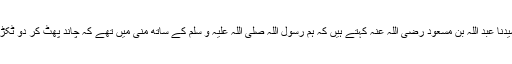
1538: سیدنا عبد اللہ بن مسعود رضی اللہ عنہ کہتے ہیں کہ ہم رسول اللہ صلی اللہ علیہ و سلم کے ساتھ منیٰ میں تھے کہ چاند پھٹ کر دو ٹکڑے ہو گیا۔